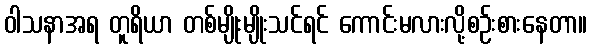
ဝါသနာအရ တူရိယာ တစ်မျိုးမျိုးသင်ရင် ကောင်းမလားလို့စဉ်းစားနေတာ။